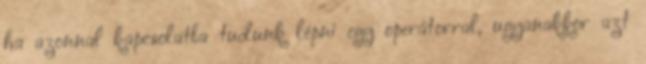
ha azonnal kapcsolatba tudunk lépni egy operátorral, ugyanakkor azt